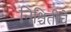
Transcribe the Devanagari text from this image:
निश्चितीचे